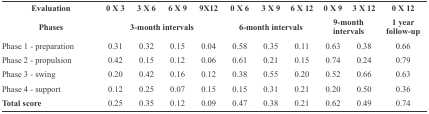
<table><thead><tr><td><b>Evaluation</b></td><td><b>0 X 3</b></td><td><b>3 X 6</b></td><td><b>6 X 9</b></td><td><b>9X12</b></td><td><b>0 X 6</b></td><td><b>3 X 9</b></td><td><b>6 X 12</b></td><td><b>0 X 9</b></td><td><b>3 X 12</b></td><td><b>0 X 12</b></td></tr></thead><tbody><tr><td><b>Phases</b></td><td colspan="4"><b>3-month intervals</b></td><td colspan="3"><b>6-month intervals</b></td><td colspan="2"><b>9-month intervals</b></td><td><b>1 year</b><b>follow-up</b></td></tr><tr><td>Phase 1 -preparation</td><td>0.31</td><td>0.32</td><td>0.15</td><td>0.04</td><td>0.58</td><td>0.35</td><td>0.11</td><td>0.63</td><td>0.38</td><td>0.66</td></tr><tr><td>Phase 2 -propulsion</td><td>0.42</td><td>0.15</td><td>0.12</td><td>0.06</td><td>0.61</td><td>0.21</td><td>0.15</td><td>0.74</td><td>0.24</td><td>0.79</td></tr><tr><td>Phase 3 - swing</td><td>0.20</td><td>0.42</td><td>0.16</td><td>0.12</td><td>0.38</td><td>0.55</td><td>0.20</td><td>0.52</td><td>0.66</td><td>0.63</td></tr><tr><td>Phase 4 - support</td><td>0.12</td><td>0.25</td><td>0.07</td><td>0.15</td><td>0.15</td><td>0.31</td><td>0.21</td><td>0.20</td><td>0.50</td><td>0.36</td></tr><tr><td><b>Total score</b></td><td>0.25</td><td>0.35</td><td>0.12</td><td>0.09</td><td>0.47</td><td>0.38</td><td>0.21</td><td>0.62</td><td>0.49</td><td>0.74</td></tr></tbody></table>